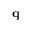
\mathbf { q }